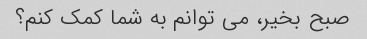
صبح بخیر، می توانم به شما کمک کنم؟